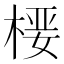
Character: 𰗻